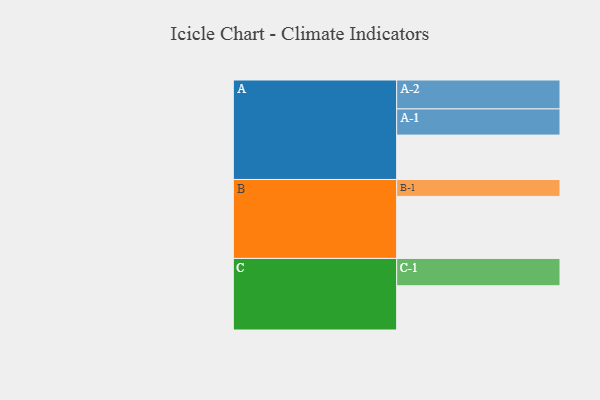
{"axis": {"x": "Segment", "y": "Value"}, "legend": ["", "A", "B", "C"], "data": [{"x": "A", "y": 307, "type": ""}, {"x": "B", "y": 429, "type": ""}, {"x": "C", "y": 306, "type": ""}, {"x": "A-1", "y": 181, "type": "A"}, {"x": "A-2", "y": 200, "type": "A"}, {"x": "B-1", "y": 117, "type": "B"}, {"x": "C-1", "y": 189, "type": "C"}]}